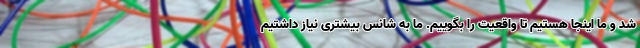
شد و ما اینجا هستیم تا واقعیت را بگوییم. ما به شانس بیشتری نیاز داشتیم